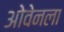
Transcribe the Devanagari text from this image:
ओवेनला